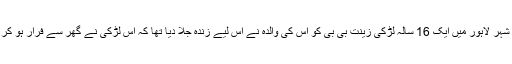
قریب دو ہفتے قبل ہی پاکستانی شہر لاہور میں ایک 16 سالہ لڑکی زینت بی بی کو اس کی والدہ نے اس لیے زندہ جلا دیا تھا کہ اس لڑکی نے گھر سے فرار ہو کر اپنی پسند کی شادی کر لی تھی۔